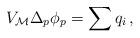
LaTeX: \begin{align*}V_{\cal M} \Delta_p \phi_p = \sum q_i\,,\end{align*}